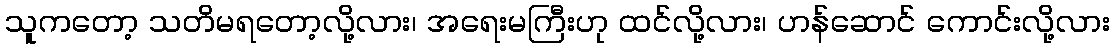
သူကတော့ သတိမရတော့လို့လား၊ အရေးမကြီးဟု ထင်လို့လား၊ ဟန်ဆောင် ကောင်းလို့လား